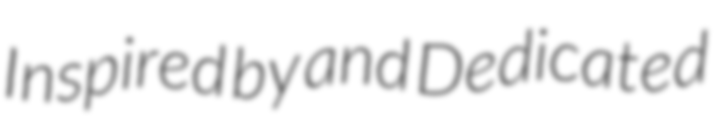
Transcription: Inspired by and Dedicated